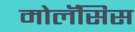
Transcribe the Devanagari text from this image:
मोलॅसिस